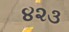
૪૨૩